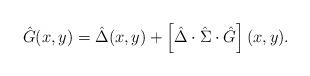
LaTeX: \begin{align*}\hat{G} (x, y) = \hat{\Delta} (x, y) + \left[ \hat{\Delta} \cdot \hat{\Sigma} \cdot \hat{G} \right] (x, y) .\end{align*}